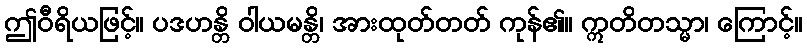
ဤဝီရိယဖြင့်။ ပဒဟန္တိ ဝါယမန္တိ၊ အားထုတ်တတ် ကုန်၏။ ဣတိတသ္မာ၊ ကြောင့်။